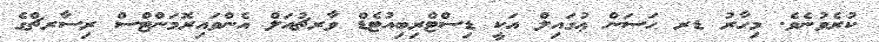
ކުރެވުނެވެ. މިހާރު ޑރ ޙަސަން ޢުގައިލް އަކީ ޑިސްޓްރިބިއުޓެޑް ވާރޗުއަލް އެންވައިރޮމަންޓްސް ރިސާރޗްގެ